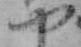
や